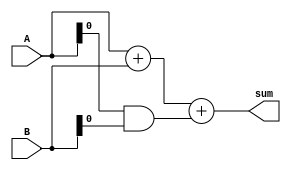
module carry_save_adder (
    input [7:0] A,
    input [7:0] B,
    output [7:0] sum
);

wire [8:0] s;
wire c;

assign s = A + B;
assign c = A & B;

assign sum = s[7:0] + c;

endmodule